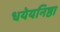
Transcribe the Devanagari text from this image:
धयेयनिष्ठा